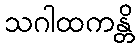
သဂါထကန္တိ